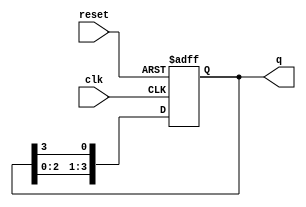
module bistable_ring_counter (
    input wire clk,          // Clock input
    input wire reset,        // Reset input
    output reg [3:0] q       // 4-bit output
);

    // Initial state
    initial begin
        q = 4'b0001; // Start with the first flip-flop set
    end

    always @(posedge clk or posedge reset) begin
        if (reset) begin
            q <= 4'b0001; // Reset to initial state
        end else begin
            // Shift the '1' to the next flip-flop
            q <= {q[2:0], q[3]}; // Rotate the bits
        end
    end

endmodule